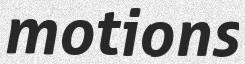
motions